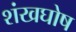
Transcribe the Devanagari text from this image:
शंखघोष